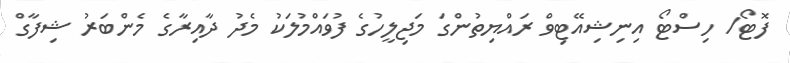
ފޮޓޯ/ ހިސްޓޯ އިނިޝިއޭޓިވް ރައްޔިތުންގަ މަޖިލީހުގެ ފުވައްމުލަކު މެދު ދާއިރާގެ މެންބަރު ޝިފާގް